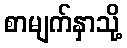
စာမျက်နှာသို့